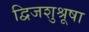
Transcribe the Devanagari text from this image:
द्विजशुश्रूषा